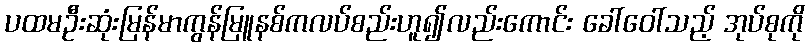
ပထမဦးဆုံးမြန်မာကွန်မြူနစ်ကလပ်စည်းဟူ၍လည်းကောင်း ခေါ်ဝေါ်သည့် အုပ်စုကို